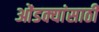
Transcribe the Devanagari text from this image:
ओंडक्यांसाठी